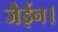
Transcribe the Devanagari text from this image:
जैईन।